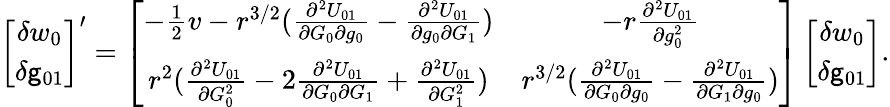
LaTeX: \left[\begin{array}{c}{\delta w_{0}}\\ {\delta\mathsf{g}_{01}}\end{array}\right]^{\prime}=\left[\begin{array}{cc}{-\frac{1}{2}v-r^{3/2}(\frac{\partial^{2}U_{01}}{\partial G_{0}\partial g_{0}}-\frac{\partial^{2}U_{01}}{\partial g_{0}\partial G_{1}})}&{-r\frac{\partial^{2}U_{01}}{\partial g_{0}^{2}}}\\ {r^{2}(\frac{\partial^{2}U_{01}}{\partial G_{0}^{2}}-2\frac{\partial^{2}U_{01}}{\partial G_{0}\partial G_{1}}+\frac{\partial^{2}U_{01}}{\partial G_{1}^{2}})}&{r^{3/2}(\frac{\partial^{2}U_{01}}{\partial G_{0}\partial g_{0}}-\frac{\partial^{2}U_{01}}{\partial G_{1}\partial g_{0}})}\end{array}\right]\left[\begin{array}{c}{\delta w_{0}}\\ {\delta\mathsf{g}_{01}}\end{array}\right].